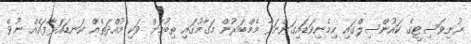
ޔުނިވަސިޓީގެ ކައުންސިލްގައި ހިމެނިވަޑައިގަންނަވާ މެމްބަރުން މަގާމުގައި ތިބުމަށް ވަކި މުއްދަތެއް ކަނޑައަޅާފައެއް ނުވެ